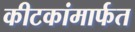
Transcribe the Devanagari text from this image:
कीटकांमार्फत